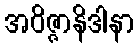
အဝိဇ္ဇာနိဒါနာ